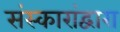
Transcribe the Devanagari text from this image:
संस्कारांद्वारा